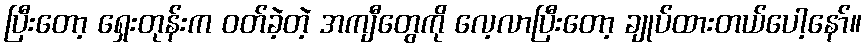
ပြီးတော့ ရှေးတုန်းက ဝတ်ခဲ့တဲ့ အကျီတွေကို လေ့လာပြီးတော့ ချုပ်ထားတယ်ပေါ့နော်။